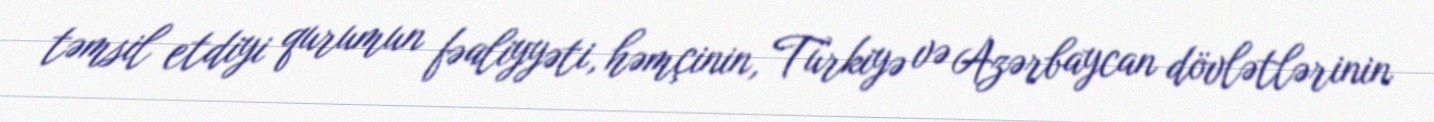
təmsil etdiyi qurumun fəaliyyəti, həmçinin, Türkiyə və Azərbaycan dövlətlərinin